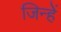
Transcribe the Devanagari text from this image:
जिन्हेें